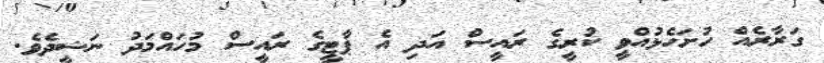
ގަރާރެއް ހުށަހެޅުއްވީ ކުރީގެ ރައީސް އަދި އެ ޕާޓީގެ ރައީސް މުހައްމަދު ނަޝީދެވެ.